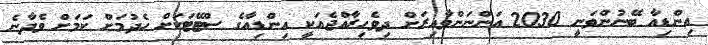
އިންޑިއާ ބޭނުންވަނީ 2030 އަންނަންވާއިރަށް ދިވެހިރާއްޖެއަކީ އިންޑިއާގެ ސްޓޭޓަކަށް ހެދުމަށް ކަމަށް ވެދާނެ